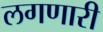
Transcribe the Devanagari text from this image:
लगणारी